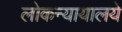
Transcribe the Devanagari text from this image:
लोकन्यायालये